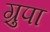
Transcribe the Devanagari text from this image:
ग्रुपा